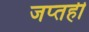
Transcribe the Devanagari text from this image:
जप्‍तही